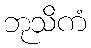
ဘုသိကံ